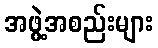
အဖွဲ့အစည်းများ